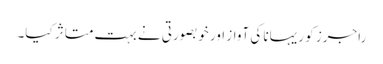
راجرز کو ریہانا کی آواز اور خوبصورتی نے بہت متاثر کیا۔